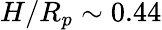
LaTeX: H/R_{p}\sim 0.44